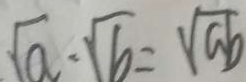
\sqrt { a } \cdot \sqrt { b } = \sqrt { a b }